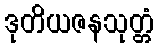
ဒုတိယဇနသုတ္တံ